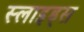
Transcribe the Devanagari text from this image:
स्‍लाइड्स